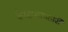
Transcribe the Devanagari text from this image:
देवद्रव्यापहारी